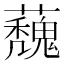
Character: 𮓀